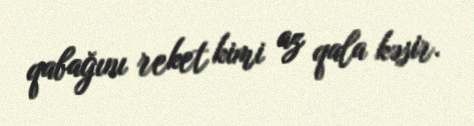
qabağını reket kimi az qala kəsir.